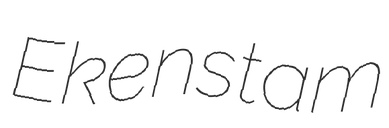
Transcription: Ekenstam